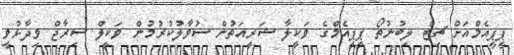
ޕީޕީއެމްއަށް ޗިޓް ލިބުނުތޯ ޕީޕީއެމްގެ ވަކީލާ ޝަރީއަތުން ސުވާލުކުރުމުން ވަކީލް ސިރާޖް ވިދާޅުވީ